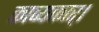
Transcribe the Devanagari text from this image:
काव्यकार्।